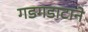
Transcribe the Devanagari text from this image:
गडगडाटाने